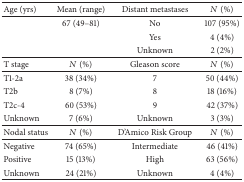
<table><thead><tr><td><b>Age (yrs)</b></td><td><b>Mean (range)</b></td><td><b>Distant metastases</b></td><td><b><i>N</i> (%)</b></td></tr></thead><tbody><tr><td> </td><td>67 (49–81)</td><td>No</td><td>107 (95%)</td></tr><tr><td> </td><td> </td><td>Yes</td><td>4 (4%)</td></tr><tr><td> </td><td> </td><td>Unknown</td><td>2 (2%)</td></tr><tr><td>T stage</td><td><i>N</i> (%)</td><td>Gleason score</td><td><i>N</i> (%)</td></tr><tr><td>T1-2a</td><td>38 (34%)</td><td>7</td><td>50 (44%)</td></tr><tr><td>T2b</td><td>8 (7%)</td><td>8</td><td>18 (16%)</td></tr><tr><td>T2c-4</td><td>60 (53%)</td><td>9</td><td>42 (37%)</td></tr><tr><td>Unknown</td><td>7 (6%)</td><td>Unknown </td><td>3 (3%)</td></tr><tr><td>Nodal status</td><td><i>N</i> (%)</td><td>D&#x27;Amico Risk Group</td><td><i>N</i> (%)</td></tr><tr><td>Negative</td><td>74 (65%)</td><td>Intermediate</td><td>46 (41%)</td></tr><tr><td>Positive</td><td>15 (13%)</td><td>High</td><td>63 (56%)</td></tr><tr><td>Unknown</td><td>24 (21%)</td><td>Unknown </td><td>4 (4%)</td></tr></tbody></table>